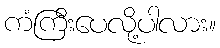
ကံကြီးပေလို့ပါလား။